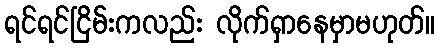
ရင်ရင်ငြိမ်းကလည်း လိုက်ရှာနေမှာမဟုတ်။